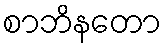
စာဘိနတော